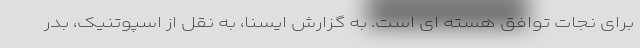
برای نجات توافق هسته ای است. به گزارش ایسنا، به نقل از اسپوتنیک، بدر